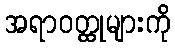
အရာဝတ္ထုများကို